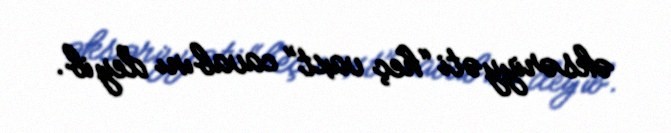
əksəriyyəti “heç vaxt” cavabını deyib.